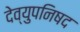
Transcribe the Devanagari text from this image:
देव्युपनिषद